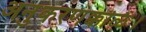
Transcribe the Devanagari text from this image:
अनुकरणक्कळि।